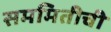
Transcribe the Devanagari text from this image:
सममितीची